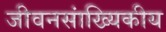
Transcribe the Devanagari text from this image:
जीवनसांख्यिकीय